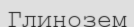
Глинозем